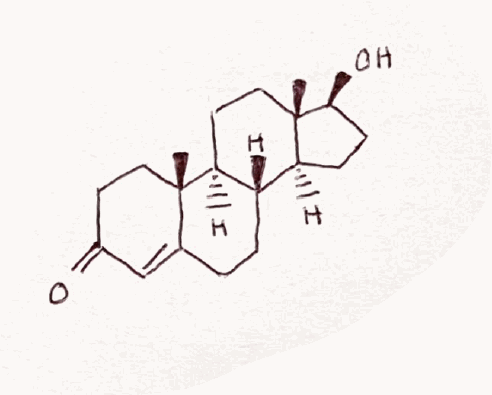
Simplified molecular-input line-entry system (SMILES) notation of the given molecule:
C[C@]12CC[C@H]3[C@H]([C@@H]1CC[C@@H]2O)CCC4=CC(=O)CC[C@]34C